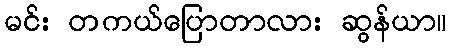
မင်း တကယ်ပြောတာလား ဆွန်ယာ။